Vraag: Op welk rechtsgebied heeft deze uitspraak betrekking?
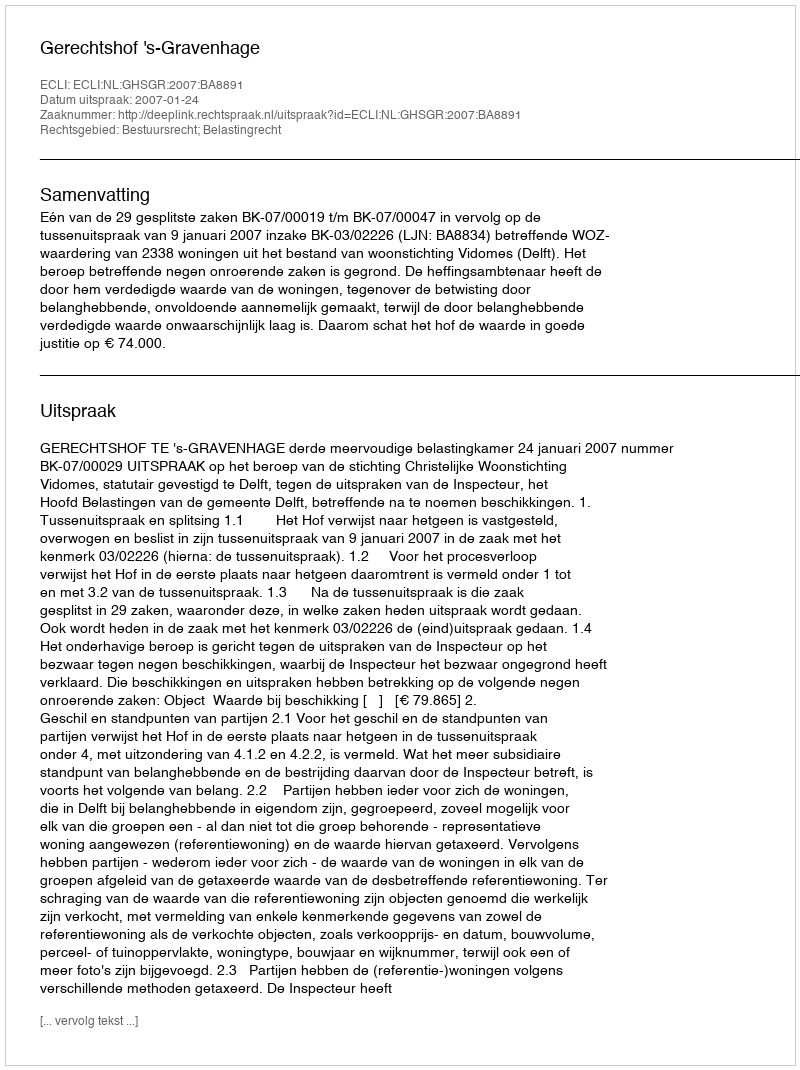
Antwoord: Bestuursrecht; Belastingrecht